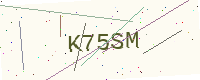
Text: K75SM